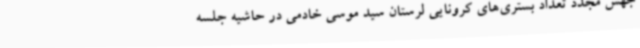
جهش مجدد تعداد بستری‌های کرونایی لرستان سید موسی خادمی در حاشیه جلسه